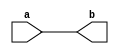
module dut (input a, output b);
	assign b = $unsigned(a);
endmodule